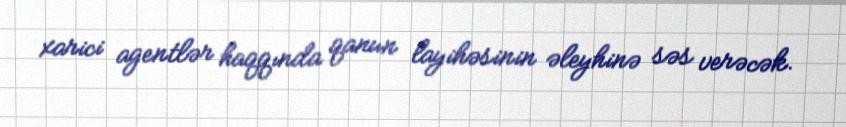
xarici agentlər haqqında qanun layihəsinin əleyhinə səs verəcək.